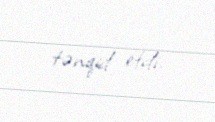
tənqid etdi.